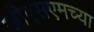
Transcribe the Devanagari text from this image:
जीएसएमच्या